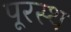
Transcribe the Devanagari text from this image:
पूरस्थ